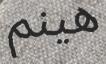
ھينم